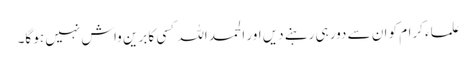
علماء کرام کو ان سے دور ہی رہنے دیں اور الحمد اللہ کسی کا برین واش نہیں ہو گا۔